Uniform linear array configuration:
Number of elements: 32
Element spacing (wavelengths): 0.75
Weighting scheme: hann
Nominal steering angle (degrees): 15
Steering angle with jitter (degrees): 13.392
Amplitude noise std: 0.05
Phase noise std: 0.05

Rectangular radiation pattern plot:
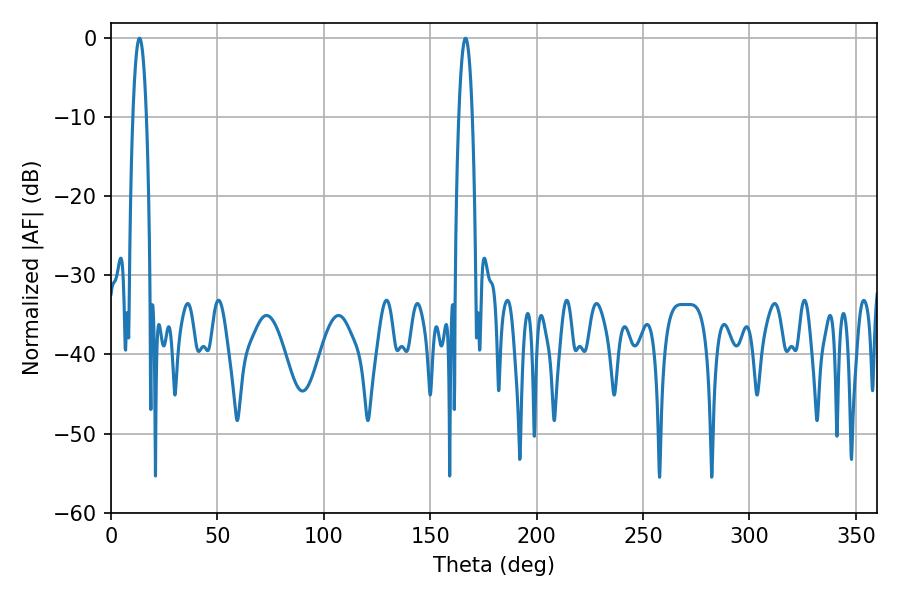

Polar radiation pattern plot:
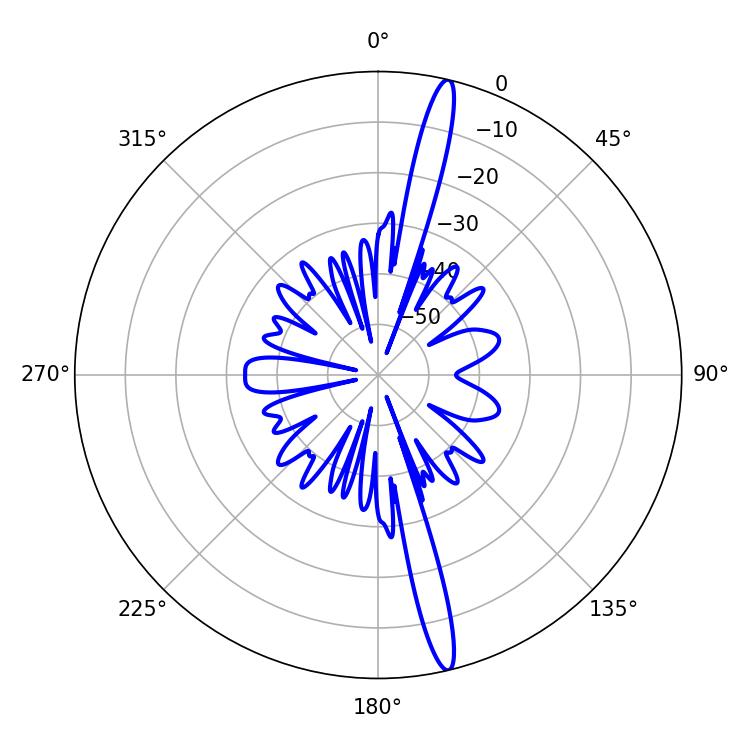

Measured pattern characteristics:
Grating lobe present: TRUE
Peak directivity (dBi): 18.12
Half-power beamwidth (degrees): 3.42
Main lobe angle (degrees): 13.32